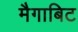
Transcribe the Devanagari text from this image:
मैगाबिट